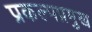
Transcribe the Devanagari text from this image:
प्रकल्पप्रमुख